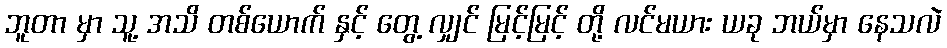
ဘူတာ မှာ သူ့ အသိ တစ်ယောက် နှင့် တွေ့ လျှင် မြင့်မြင့် တို့ လင်မယား ယခု ဘယ်မှာ နေသလဲ